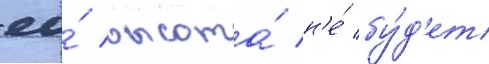
ео́ высота́ н'е́ бу́д'ет